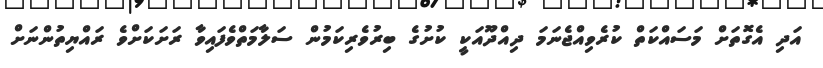
އަދި އެގޮތަށް މަސައްކަތް ކުރެވިއްޖެނަމަ ދިއްދޫއަކީ ކުށުގެ ބިރުވެރިކަމުން ސަލާމަތްވެފައިވާ ރަށަކަށްވެ ރައްޔިތުންނަށް